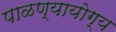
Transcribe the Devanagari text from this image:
पाळण्यायोग्य